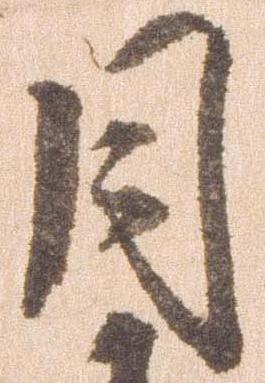
月